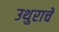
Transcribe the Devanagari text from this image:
उथुराचे